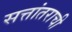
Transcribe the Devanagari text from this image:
सत्तांतराची